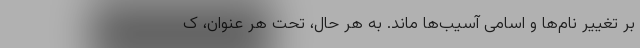
بر تغییر نام‌ها و اسامیِ آسیب‌ها ماند. به هر حال، تحت هر عنوان، ک